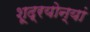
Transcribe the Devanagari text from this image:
शूद्रयोन्यां